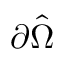
\partial \hat { \Omega }